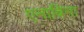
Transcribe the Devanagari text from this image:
एनाबिना